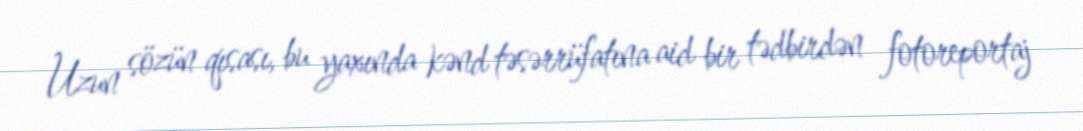
Uzun sözün qısası, bu yaxında kənd təsərrüfatına aid bir tədbirdən fotoreportaj